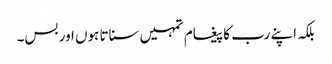
بلکہ اپنے رب کا پیغام تمہیں سناتا ہوں اور بس۔